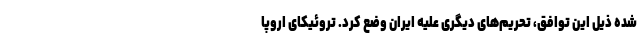
شده ذیل این توافق، تحریم‌های دیگری علیه ایران وضع کرد. تروئیکای اروپا